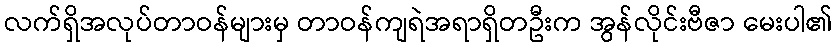
လက်ရှိအလုပ်တာဝန်များမှ တာဝန်ကျရဲအရာရှိတဦးက အွန်လိုင်းဗီဇာ မေးပါ၏